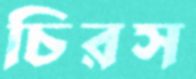
চিরস